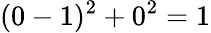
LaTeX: (0-1)^{2}+0^{2}=1